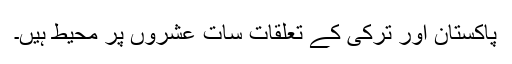
پاکستان اور ترکی کے تعلقات سات عشروں پر محیط ہیں۔